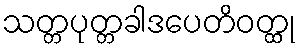
သတ္တပုတ္တခါဒပေတိဝတ္ထု